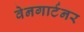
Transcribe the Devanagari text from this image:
वेनगार्टनर